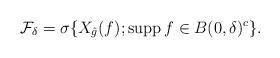
LaTeX: \begin{align*}\mathcal{F}_\delta=\sigma\{X_{\hat{g}}(f);{\rm supp}\, f\in B(0,\delta)^c\}.\end{align*}